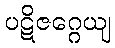
ပဋိဇဂ္ဂေယျ